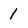
Character: 1